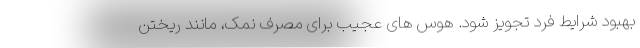
بهبود شرایط فرد تجویز شود. هوس های عجیب برای مصرف نمک، مانند ریختن